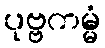
ပုဗ္ဗကမ္မံ